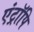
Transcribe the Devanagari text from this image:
एंट्रॉपि